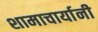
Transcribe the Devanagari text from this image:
शामाचार्यानी